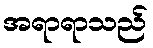
အရာရာသည်